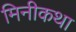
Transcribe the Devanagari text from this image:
मिनीकथा